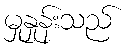
မှုနှုန်းသည်